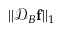
| | \mathcal { D } _ { B } \mathbf { f } | | _ { 1 }